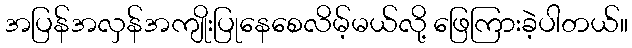
အပြန်အလှန်အကျိုးပြုနေစေလိမ့်မယ်လို့ ဖြေကြားခဲ့ပါတယ်။